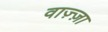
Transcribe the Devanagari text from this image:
वाज़्ज़ा